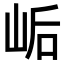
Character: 𫝴